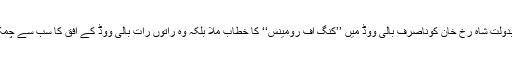
اس رومانوی فلم کی بدولت شاہ رخ خان کوناصرف بالی ووڈ میں ’’کنگ آف رومینس‘‘ کا خطاب ملا بلکہ وہ راتوں رات بالی ووڈ کے افق کا سب سے چمکتا ہوا ستارہ بن گئے۔